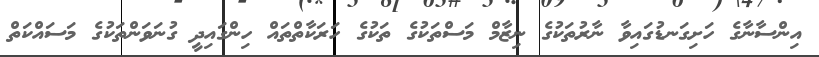
އިންސާނާގެ ހަށިގަނޑުގައިވާ ނާރުތަކުގެ ނިޒާމް މަސްތަކުގެ ތަކުގެ ހަރަކާތްތައް ހިންގައިދީ ގުނަވަންތަކުގެ މަސައްކަތް